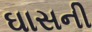
ઘાસની